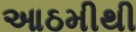
આઠમીથી